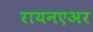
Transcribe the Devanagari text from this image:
रायनएअर